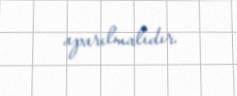
aparılmalıdır.